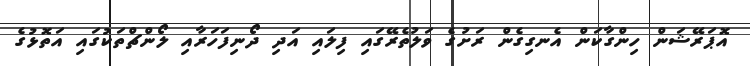
އޮޕަރޭޝަން ހިންގާކަން އެނގިގެން ރަށުގެ ވަލުތެރޭގައި ފިލައި އަދި ދޯނިފަހަރާއި ލޯންޗްތަކުގައި އަތޮޅުގެ